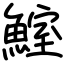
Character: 鰘